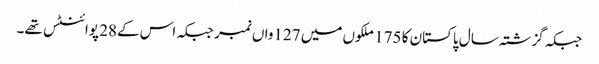
جبکہ گزشتہ سال پاکستان کا 175 ملکوں میں 127واں نمبر جبکہ اس کے28 پوائنٹس تھے۔